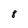
Character: 8